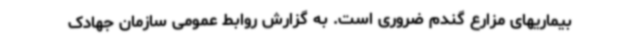
بیماریهای مزارع گندم ضروری است. به گزارش روابط عمومی سازمان جهادک